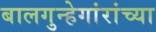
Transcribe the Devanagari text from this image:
बालगुन्हेगांरांच्या